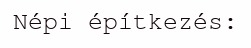
Népi építkezés: